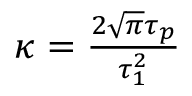
\begin{array} { r } { \kappa = \frac { 2 \sqrt { \pi } \tau _ { p } } { \tau _ { 1 } ^ { 2 } } } \end{array}